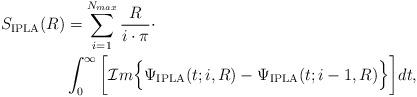
LaTeX: \begin{align*}S_{\textrm{IPLA}}(R) &= \sum_{i=1}^{N_{max}} \frac{R}{i\cdot\pi} \cdot\\& \int_{0}^{\infty} \bigg[ \mathcal{I}m \Big\{ \Psi_{\textrm{IPLA}}(t;i, R) - \Psi_{\textrm{IPLA}}(t;i-1,R) \Big\} \bigg] dt,\end{align*}